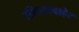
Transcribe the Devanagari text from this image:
रशियाबाहेर